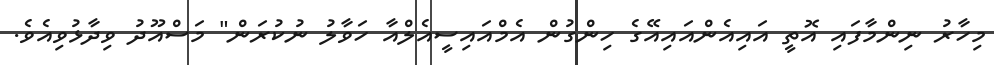
މިހާރު ނިންމާފައި އޮތީ އައިއެންއައިއޭގެ ހިންގުން އެމްއައިސީއެލްއާ ހަވާލު ނުކުރަން" މަސްއޫދު ވިދާޅުވިއެވެ.